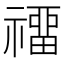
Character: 𥛽